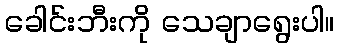
ခေါင်းဘီးကို သေချာရွေးပါ။